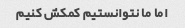
اما ما نتوانستیم کمکش کنیم